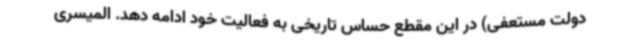
دولت مستعفی) در این مقطع حساس تاریخی به فعالیت خود ادامه دهد. المیسری